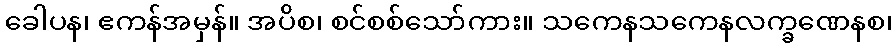
ခေါပန၊ ဧကန်အမှန်။ အပိစ၊ စင်စစ်သော်ကား။ သကေနသကေနလက္ခဏေနစ၊